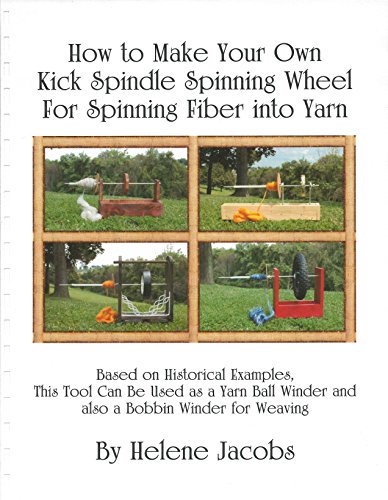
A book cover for How to Make Your Own Kick Spindle Spinning Wheel for Spinning Fiber into Yarn; Helene Jacobs; Crafts, Hobbies & Home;